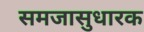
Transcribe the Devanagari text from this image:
समजासुधारक